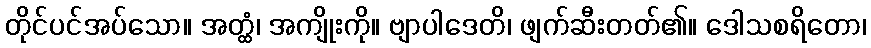
တိုင်ပင်အပ်သော။ အတ္ထံ၊ အကျိုးကို။ ဗျာပါဒေတိ၊ ဖျက်ဆီးတတ်၏။ ဒေါသစရိတော၊